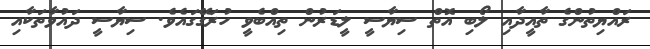
ރައްޔިތުންގެ ތާއީދާއި ލޯބި އޮތް ސިޔާސީ ލީޑަރުން ތިއްބެވީ ހުރަގޭގައެވެ. ސިޔާސީ ދައުވާތަކާއި